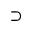
\supset